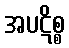
အပဋိစ္စ